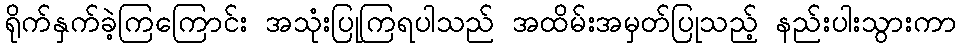
ရိုက်နှက်ခဲ့ကြကြောင်း အသုံးပြုကြရပါသည် အထိမ်းအမှတ်ပြုသည့် နည်းပါးသွားကာ